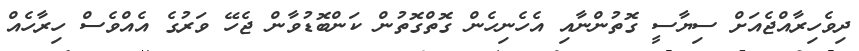
ދިވެހިރާއްޖެއަށް ސިޔާސީ ގޮތުންނާއި އެހެނިހެން ގޮތްގޮތުން ކަންބޮޑުވާން ޖެހޭ ވަރުގެ އެއްވެސް ހިރާހެއް